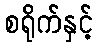
စရိုက်နှင့်